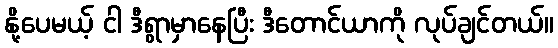
နို့ပေမယ့် ငါ ဒီရွာမှာနေပြီး ဒီတောင်ယာကို လုပ်ချင်တယ်။